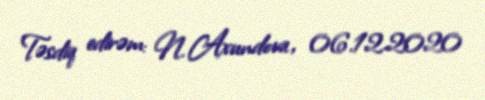
Təsdiq edirəm: N. Axundova, 06.12.2020